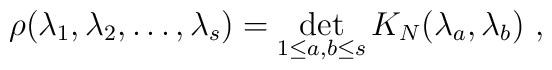
\rho(\lambda_1,\lambda_2,\ldots,\lambda_s)=\det_{1\leq a,b\leq s}K_N(\lambda_a,\lambda_b) \ ,